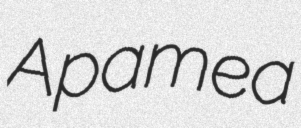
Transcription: Apamea